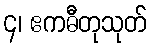
၄၊ ဧကဓီတုသုတ်